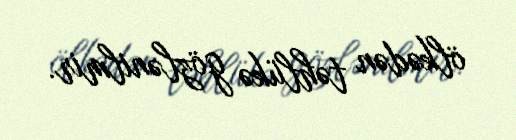
ölkədən təhlükə gözlənilmir.